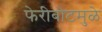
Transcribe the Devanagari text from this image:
फेरीबोटमुळे